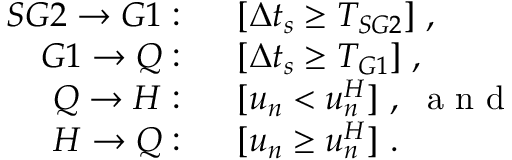
\begin{array} { r l } { S G 2 \rightarrow G 1 : } & { { } \ \ [ \Delta t _ { s } \geq T _ { S G 2 } ] \ , } \\ { G 1 \rightarrow Q : } & { { } \ \ [ \Delta t _ { s } \geq T _ { G 1 } ] \ , } \\ { Q \rightarrow H : } & { { } \ \ [ u _ { n } < u _ { n } ^ { H } ] \ , \ \mathrm { ~ a ~ n ~ d ~ } } \\ { H \rightarrow Q : } & { { } \ \ [ u _ { n } \geq u _ { n } ^ { H } ] \ . } \end{array}